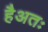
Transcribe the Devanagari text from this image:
हैअतः